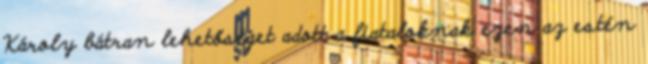
Károly bátran lehetőséget adott a fiataloknak ezen az estén